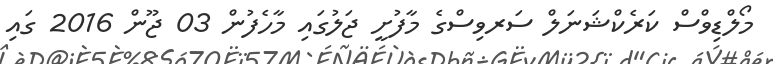
މޯލްޑިވްސް ކަރެކްޝަނަލް ސަރވިސްގެ މާފުށީ ޖަލުގައި މާހެފުން 03 ޖޫން 2016 ގައި